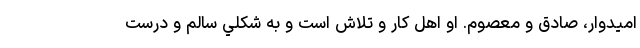
اميدوار، صادق و معصوم. او اهل کار و تلاش است و به شکلي سالم و درست